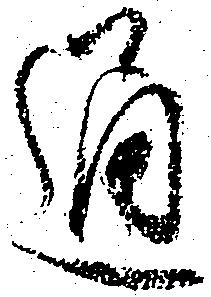
通